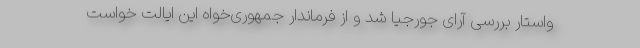
واستار بررسی آرای جورجیا شد و از فرماندار جمهوری‌خواه این ایالت خواست